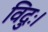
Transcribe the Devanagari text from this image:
विदुः।